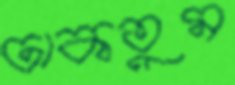
ঢাকতুম